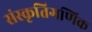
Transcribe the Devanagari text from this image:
संस्कृतिगणिक